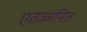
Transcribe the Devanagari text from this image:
एतज्जनित